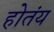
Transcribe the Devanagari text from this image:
होतंय